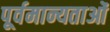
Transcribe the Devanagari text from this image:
पूर्वमान्यताओं